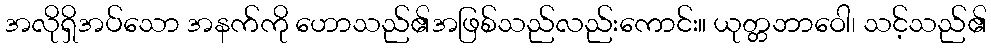
အလိုရှိအပ်သော အနက်ကို ဟောသည်၏အဖြစ်သည်လည်းကောင်း။ ယုတ္တဘာဝေါ၊ သင့်သည်၏